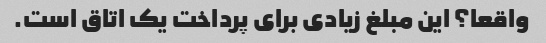
واقعا؟ این مبلغ زیادی برای پرداخت یک اتاق است.